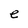
Character: e